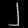
Digit: ၂